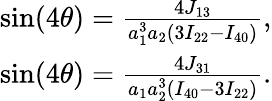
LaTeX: \begin{array}{r}{\sin(4\theta)=\frac{{4{J_{13}}}}{{a_{1}^{3}{a_{2}}\left({3{I_{22}}-{I_{40}}}\right)}},}\\ {\sin(4\theta)=\frac{{4{J_{31}}}}{{{a_{1}}a_{2}^{3}\left({{I_{40}}-3{I_{22}}}\right)}}.}\end{array}